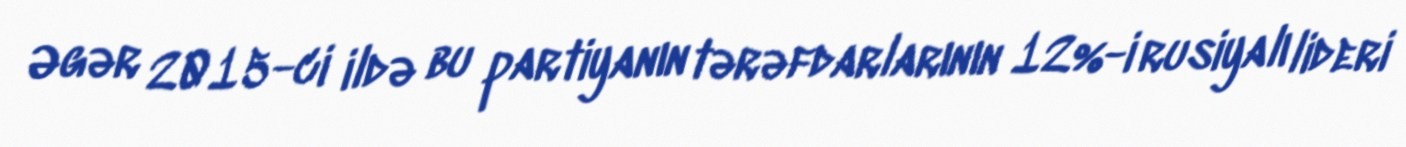
Əgər 2015-ci ildə bu partiyanın tərəfdarlarının 12%-i rusiyalı lideri